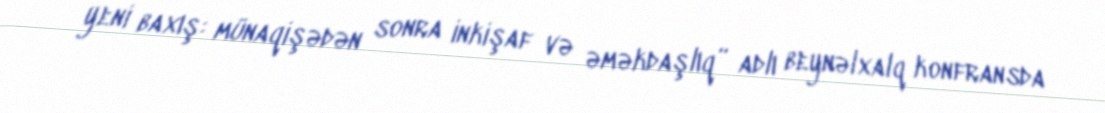
yeni baxış: münaqişədən sonra inkişaf və əməkdaşlıq” adlı beynəlxalq konfransda